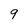
Character: 9